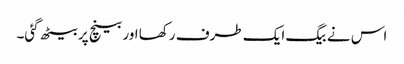
اس نے بیگ ایک طرف رکھا اور بینچ پر بیٹھ گئی۔